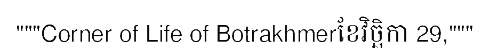
"""Corner of Life of Botrakhmerខែវិច្ឆិកា 29,"""